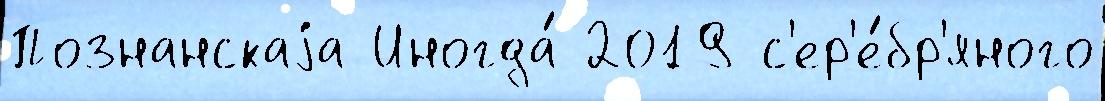
Познанскаjа Иногда́ 2019 с'ер'е́бр'яного